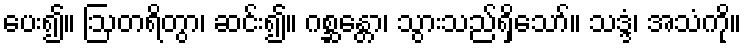
ပေး၍။ ဩတရိတွာ၊ ဆင်း၍။ ဂစ္ဆန္တော၊ သွားသည်ရှိသော်။ သဒ္ဒံ၊ အသံကို။